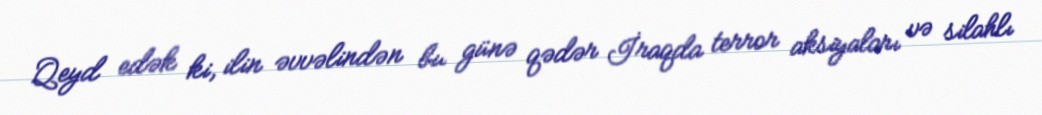
Qeyd edək ki, ilin əvvəlindən bu günə qədər İraqda terror aksiyaları və silahlı